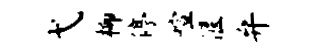
弋柳停喧偃弁